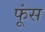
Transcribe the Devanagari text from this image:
फूंस